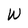
Character: W